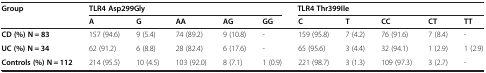
<table><thead><tr><td rowspan="2"><b>Group</b></td><td colspan="5"><b>TLR4 Asp299Gly</b></td><td></td><td colspan="4"><b>TLR4 Thr399Ile</b></td></tr><tr><td><b>A</b></td><td><b>G</b></td><td><b>AA</b></td><td><b>AG</b></td><td><b>GG</b></td><td><b>C</b></td><td><b>T</b></td><td><b>CC</b></td><td><b>CT</b></td><td><b>TT</b></td></tr></thead><tbody><tr><td><b>CD (%) N = 83</b></td><td>157 (94.6)</td><td>9 (5.4)</td><td>74 (89.2)</td><td>9 (10.8)</td><td>-</td><td>159 (95.8)</td><td>7 (4.2)</td><td>76 (91.6)</td><td>7 (8.4)</td><td>-</td></tr><tr><td><b>UC (%) N = 34</b></td><td>62 (91.2)</td><td>6 (8.8)</td><td>28 (82.4)</td><td>6 (17.6)</td><td>-</td><td>65 (95.6)</td><td>3 (4.4)</td><td>32 (94.1)</td><td>1 (2.9)</td><td>1 (2.9)</td></tr><tr><td><b>Controls (%) N = 112</b></td><td>214 (95.5)</td><td>10 (4.5)</td><td>103 (92.0)</td><td>8 (7.1)</td><td>1 (0.9)</td><td>221 (98.7)</td><td>3 (1.3)</td><td>109 (97.3)</td><td>3 (2.7)</td><td>-</td></tr></tbody></table>